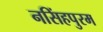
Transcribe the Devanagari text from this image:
नसिंहपुरम